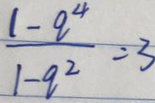
\frac { 1 - q ^ { 4 } } { 1 - q ^ { 2 } } = 3